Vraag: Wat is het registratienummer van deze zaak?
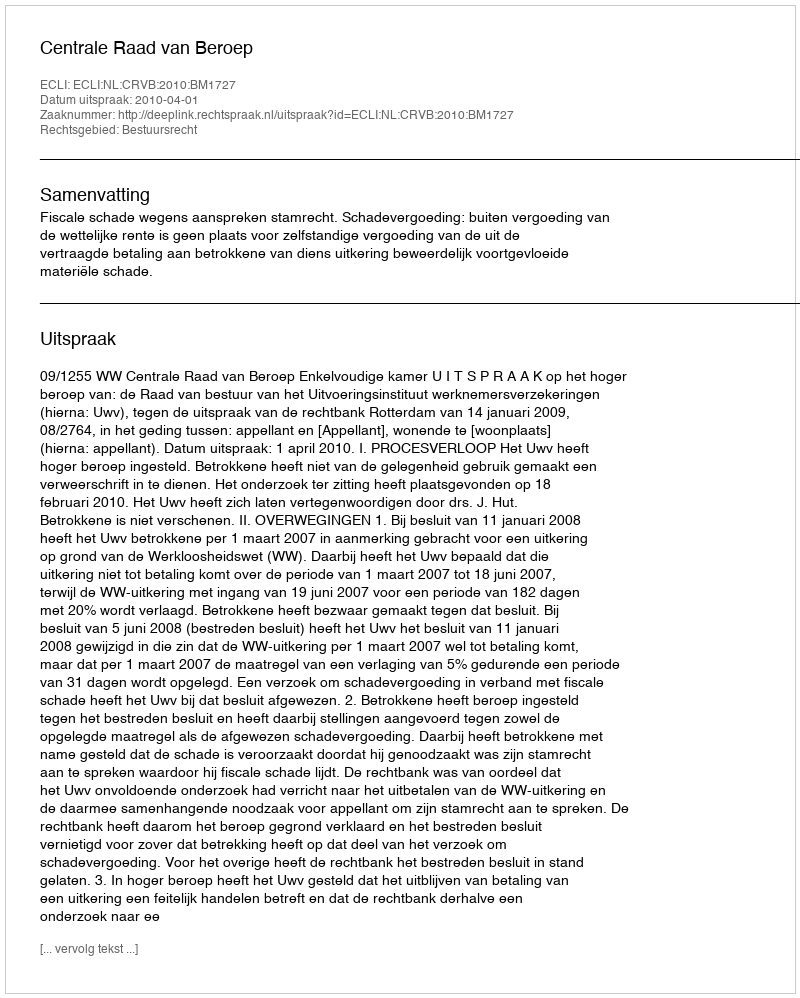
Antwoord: http://deeplink.rechtspraak.nl/uitspraak?id=ECLI:NL:CRVB:2010:BM1727